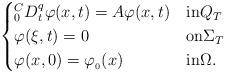
LaTeX: \begin{align*}\begin{cases}^{C}_{0}D_{t}^{q}\varphi(x,t)= A \varphi(x,t) & \hbox{in} Q_{T} \\\varphi(\xi,t) = 0 & \hbox{on} \Sigma_{T}\\ \varphi(x,0) = \varphi_{_{0}}(x) & \hbox{in} \Omega.\end{cases}\end{align*}